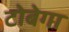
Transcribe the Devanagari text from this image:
टोबेगा